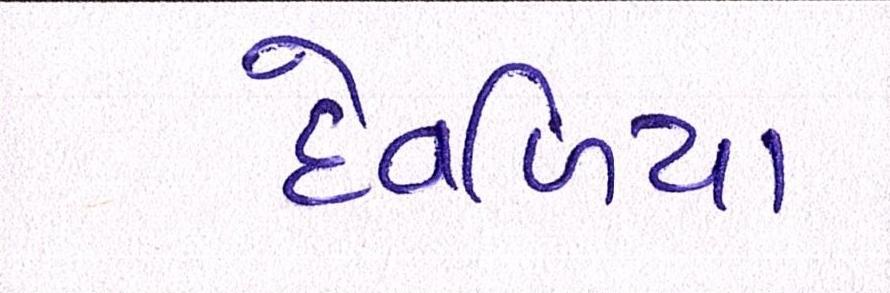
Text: દેવળિયા